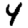
Digit: 4